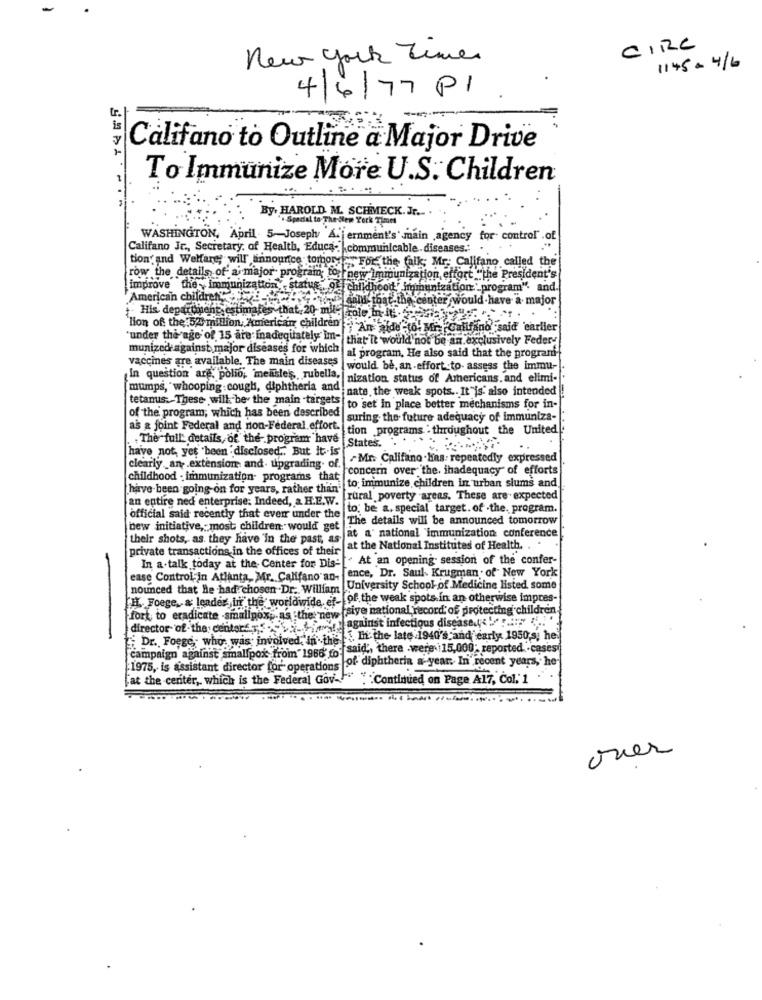
CIRC
new york Times
1145 = 4/6
4/6/77 P1.
Califano to Outline a Major Drive
To Immunize More U.S. Children
By. HAROLD M. SCHMECK. Jr.
Spatial to- The-New York Times
WASHINGTON, April 5-Joseph A. | ernment's' main ,agency
for. control .of
Califano Jr ., Secretary, of Health, Educa- | communicable. diseases.'
tion and Welfare; will linnourice tomory . For the falk; Mr. Califano called the
row the details of a major program cost new Immunization, effort "the President's
improve the y immunization status of childhood" immunization"-program". and.
American children,
we said that the center would have a major
His department estin
nent estimates that 20 mile role In it
'lion of the 54 million, American children An ide (6. Mi Califano said earlier
'under the age of 15 are inadequately im-
that it would not be an exclusively Feder-
munizede against, major diseases for which
vaccines are available. The main diseases
al program. He also said that the program-
would be, an -effort to. assess the immu-
In question are, polio; mensle's, rubella,
nization status of Americans. and elimi-
mumps, whooping cough, diphtheria and
nate, the weak spots .. It"is also intended
tetanus. These will be the main -targets
of the program, which has been described
to set in place better mechanisms for in-
|suring. the future adequacy of immuniza-
as & joint Federal and non-Federal effort.
tion programs . throughout the United
The full details of the- program have
States.
have not, yet been disclosed .. But it is
Mr. Califano . Has repeatedly expressed
clearly _an extension and. upgrading. of.
concern over the. inadequacy" of efforts
childhood . immunization- programs that
have been going on for years, rather than"
to: immunize children in urban slums and
an entire ned enterprise: Indeed, & H.E.W.
[rural poverty areas. These are expected
to: be a. special target. of .the. program.
official said recently that everr under the
The details will be announced tomorrow
bew initiative, most children would get
their shots, as they have 'in the past, as
at a' national "immunization conference
private transactions in the offices of their
at the National Institutes of Health.
At an opening session of the confer-
In a.talk today at the Center for Dis-
ease Control in Atlanta, Mr. Califano an- ence, Dr. Saul. Krugman of New York
-
nounced that He had chosen .Dr. William University School of Medicine listed some
[H. Foege, & leader,uf" the worldwide, er- of the weak spots in an otherwise impres-
fork, to eradicate -smallpox, as the new siye national record of protecting children
director of the centers.r. against infectious disease ky
-
Dr. Foege , who was involved, in the " In the late 1940's and early 1950 s; he
campaign against smallpox from" 1966 ro said, there were 15,000; reported .. cases
:1975, is assistant director for- operations of diphtheria a-year. In recent years, he-
"at the center, which is the Federal Gov."
"Continued on Page A17, Col. 1
over